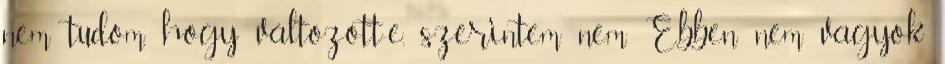
nem tudom, hogy változott-e, szerintem nem. Ebben nem vagyok